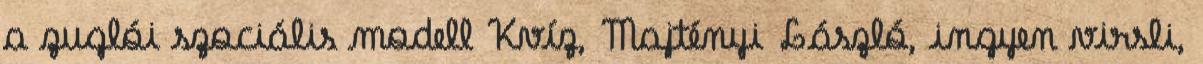
a zuglói szociális modell Kvíz, Majtényi László, ingyen virsli,